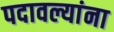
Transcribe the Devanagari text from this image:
पदावल्यांना